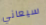
سيعاني